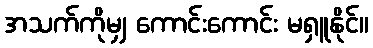
အသက်ကိုမျှ ကောင်းကောင်း မရှူနိုင်။